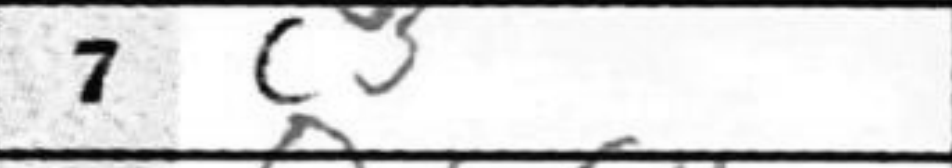
Transcription: c3